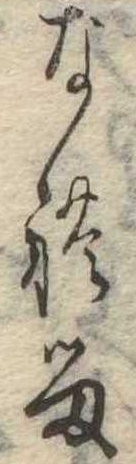
なれる